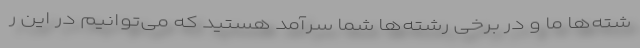
شته‌ها ما و در برخی رشته‌ها شما سرآمد هستید که می‌توانیم در این ر